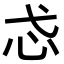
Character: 𢖼